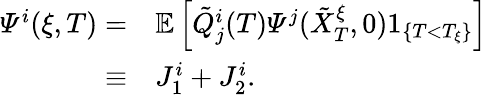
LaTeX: \begin{array}{rl}{\varPsi^{i}(\xi,T)=}&{{}\mathbb{E}\left[\tilde{Q}_{j}^{i}(T)\varPsi^{j}(\tilde{X}_{T}^{\xi},0)1_{\{ T<T_{\xi}\} }\right]}\\ {\equiv}&{{}J_{1}^{i}+J_{2}^{i}.}\end{array}